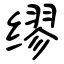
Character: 缪